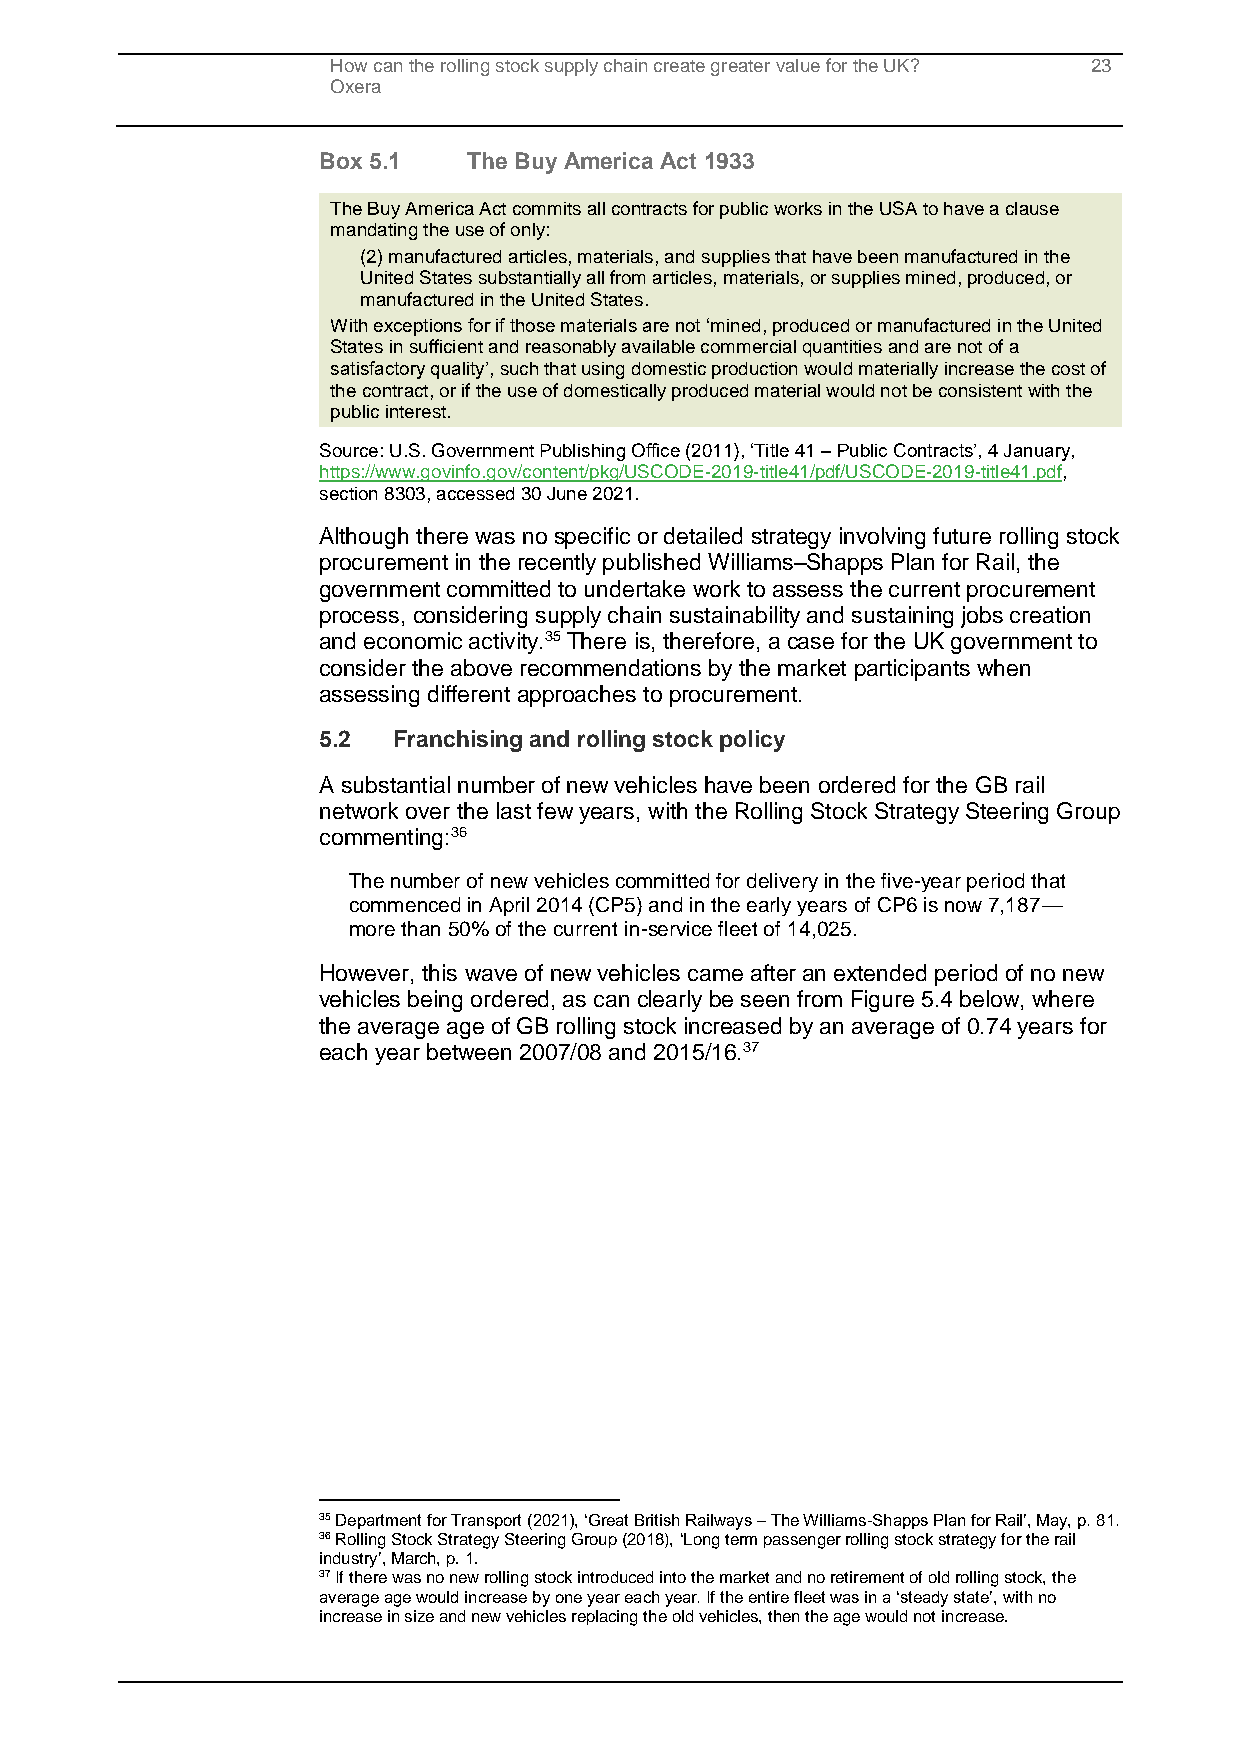
How can the rolling stock supply chain create greater value for the UK? 23
 Oxera
 Box 5.1   The Buy America Act 1933
 The Buy America Act commits all contracts for public works in the USA to have a clause
 mandating the use of only:
 (2) manufactured articles, materials, and supplies that have been manufactured in the
 United States substantially all from articles, materials, or supplies mined, produced, or
 manufactured in the United States.
 With exceptions for if those materials are not ‘mined, produced or manufactured in the United
 States in sufficient and reasonably available commercial quantities and are not of a
 satisfactory quality’, such that using domestic production would materially increase the cost of
 the contract, or if the use of domestically produced material would not be consistent with the
 public interest.
 Source: U.S. Government Publishing Office (2011), ‘Title 41 – Public Contracts’, 4 January,
 https://www.govinfo.gov/content/pkg/USCODE-2019-title41/pdf/USCODE-2019-title41.pdf,
 section 8303, accessed 30 June 2021.
 Although there was no specific or detailed strategy involving future rolling stock
 procurement in the recently published Williams–Shapps Plan for Rail, the
 government committed to undertake work to assess the current procurement
 process, considering supply chain sustainability and sustaining jobs creation
 and economic activity.35 There is, therefore, a case for the UK government to
 consider the above recommendations by the market participants when
 assessing different approaches to procurement.
 5.2  Franchising and rolling stock policy
 A substantial number of new vehicles have been ordered for the GB rail
 network over the last few years, with the Rolling Stock Strategy Steering Group
 commenting:36
 The number of new vehicles committed for delivery in the five-year period that
 commenced in April 2014 (CP5) and in the early years of CP6 is now 7,187—
 more than 50% of the current in-service fleet of 14,025.
 However, this wave of new vehicles came after an extended period of no new
 vehicles being ordered, as can clearly be seen from Figure 5.4 below, where
 the average age of GB rolling stock increased by an average of 0.74 years for
 each year between 2007/08 and 2015/16.37
 35 Department for Transport (2021), ‘Great British Railways – The Williams-Shapps Plan for Rail’, May, p. 81.
 36 Rolling Stock Strategy Steering Group (2018), ‘Long term passenger rolling stock strategy for the rail
 industry’, March, p. 1.
 37 If there was no new rolling stock introduced into the market and no retirement of old rolling stock, the
 average age would increase by one year each year. If the entire fleet was in a ‘steady state’, with no
 increase in size and new vehicles replacing the old vehicles, then the age would not increase.